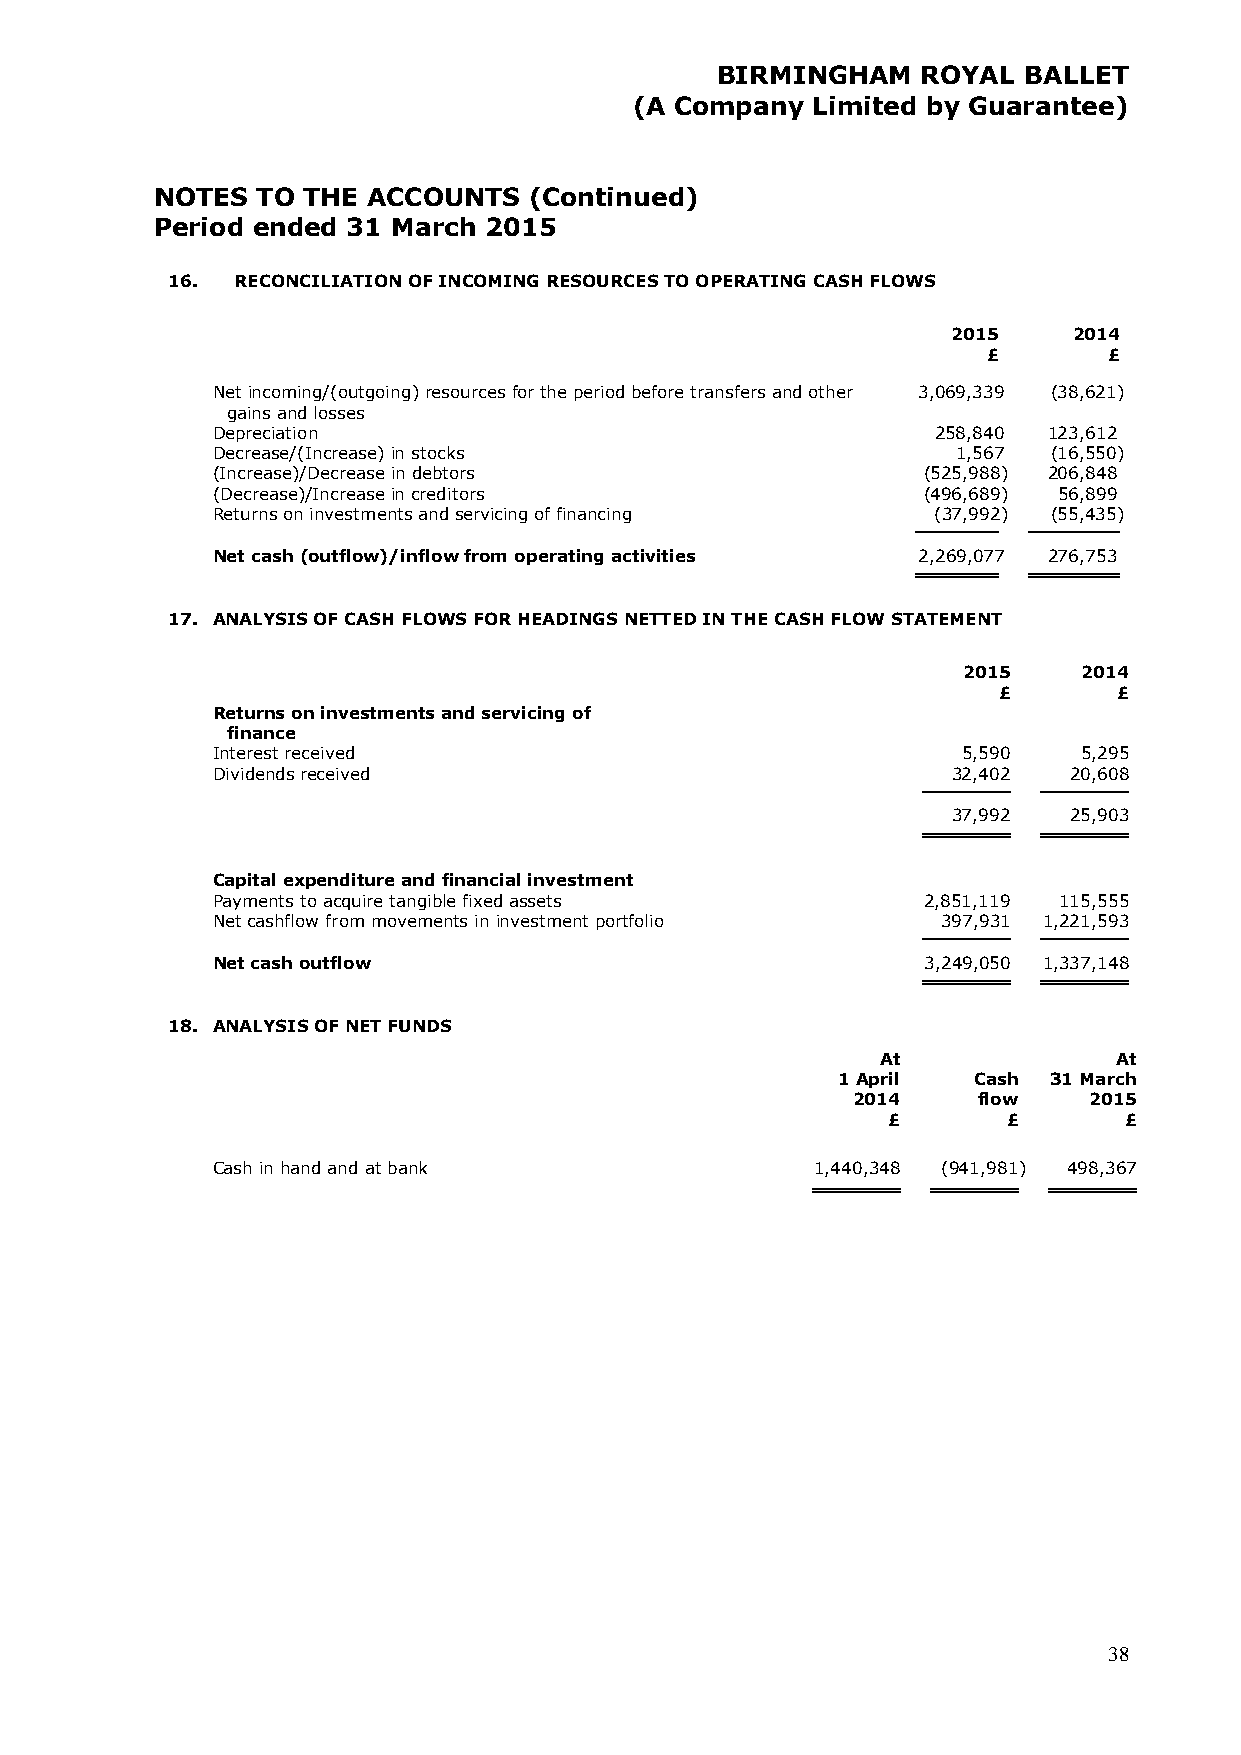
BIRMINGHAM    ROYAL  BALLET
 (A Company  Limited by Guarantee)
 NOTES  TO THE ACCOUNTS   (Continued)
 Period ended 31 March 2015
 16.  RECONCILIATION OF INCOMING RESOURCES TO OPERATING CASH FLOWS
 2015    2014
 £       £
 Net incoming/(outgoing) resources for the period before transfers and other 3,069,339 (38,621)
 gains and losses
 Depreciation                                    258,840 123,612
 Decrease/(Increase) in stocks                    1,567  (16,550)
 (Increase)/Decrease in debtors                 (525,988) 206,848
 (Decrease)/Increase in creditors               (496,689) 56,899
 Returns on investments and servicing of financing (37,992) (55,435)
 Net cash (outflow)/inflow from operating activities 2,269,077 276,753
 17. ANALYSIS OF CASH FLOWS FOR HEADINGS NETTED IN THE CASH FLOW STATEMENT
 2015    2014
 £       £
 Returns on investments and servicing of
 finance
 Interest received                                 5,590   5,295
 Dividends received                               32,402  20,608
 37,992  25,903
 Capital expenditure and financial investment
 Payments to acquire tangible fixed assets      2,851,119 115,555
 Net cashflow from movements in investment portfolio 397,931 1,221,593
 Net cash outflow                               3 ,249,050 1 ,337,148
 18. ANALYSIS OF NET FUNDS
 At              At
 1 April  Cash 31 March
 2014     flow   2015
 £       £      £
 Cash in hand and at bank                1,440,348 (941,981) 498,367
 38